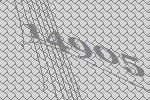
14905